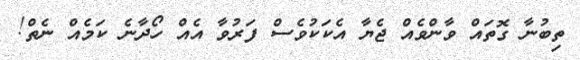
ތިބުނާ ގޮތައް ވާންވެއް ޖެޔާ އެކަކުވެސް ފަރުވާ އެއް ހޯދާނެ ކަމެއް ނެތް!